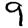
Digit: 9